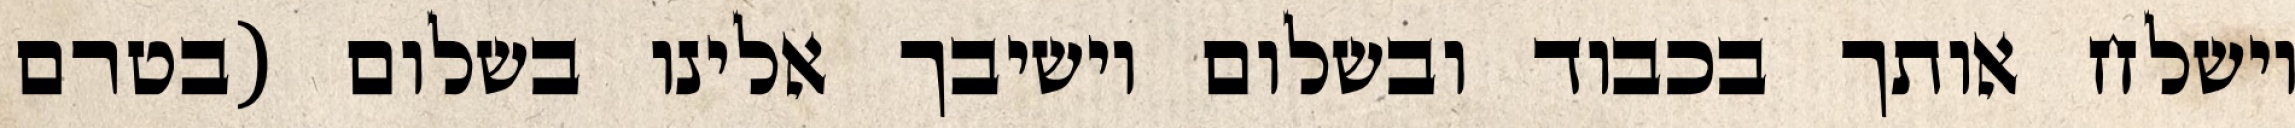
וישלח אותך בכבוד ובשלום וישיבך אלינו בשלום (בטרם